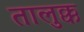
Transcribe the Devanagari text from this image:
तालुक्क